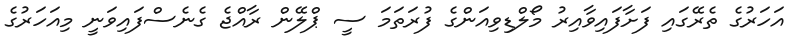
އަހަރުގެ ތެރޭގައި ފަށާފައިވާއިރު މޯލްޑިވިއަންގެ ފުރަތަމަ ސީ ޕްލޭން ރާއްޖެ ގެނެސްފައިވަނީ މިއަހަރުގެ